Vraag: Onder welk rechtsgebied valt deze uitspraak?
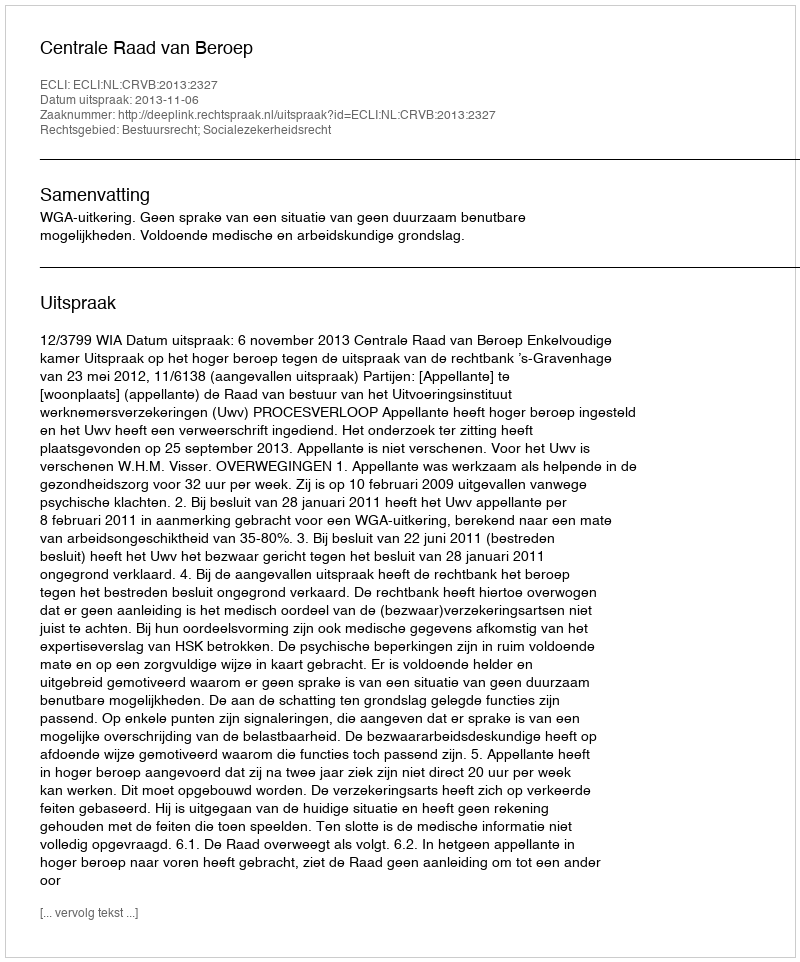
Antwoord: Bestuursrecht; Socialezekerheidsrecht